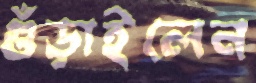
গুঁড়াইলেন